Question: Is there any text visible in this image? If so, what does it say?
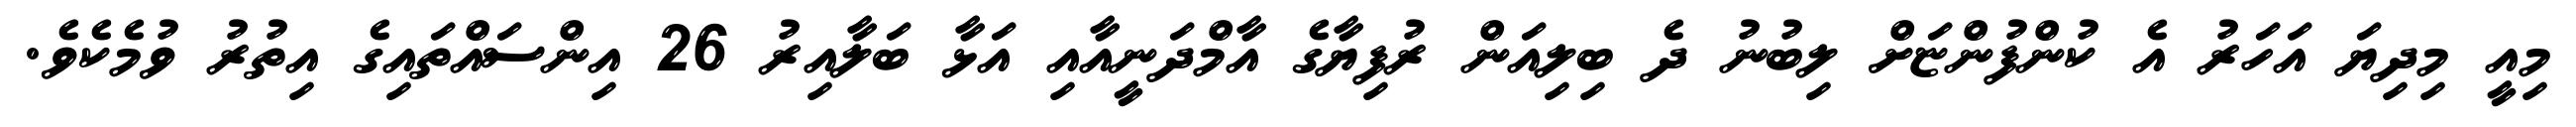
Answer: މިއީ މިދިޔަ އަހަރު އެ ކުންފުންޏަށް ލިބުނު ދެ ބިލިއަން ރުފިޔާގެ އާމްދަނީއާއި އަޅާ ބަލާއިރު 26 އިންސައްތައިގެ އިތުރު ވުމެކެވެ.